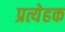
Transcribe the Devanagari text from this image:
प्रत्येहक